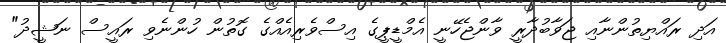
އަދި ރައްޔިތުންނާއި ޖަވާބުދާރީ ވާންޖެހޭނީ އެމްޑީޕީގެ އިސްވެރިއެއްގެ ގޮތުން ހުންނެވި ރައީސް ނަޝީދު"